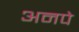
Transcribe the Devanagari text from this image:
अनपे